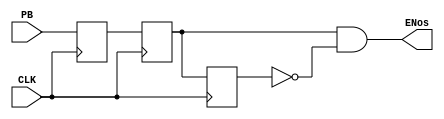
`timescale 1ns / 1ps
//////////////////////////////////////////////////////////////////////////////////
// Company: 
// 
// Design Name: 
// Module Name: One-shot
// Project Name: 
// Target Devices: 
// Tool Versions: 
// Description: 
// 
// Dependencies: 
// 
// Revision:
// Revision 0.01 - File Created
// Additional Comments:
// 
//////////////////////////////////////////////////////////////////////////////////


module One_shot(
    input PB,
    input CLK,
    output ENos
    );

reg X, Y, Z;
assign ENos = (Y)&(~Z);

always @(posedge CLK) begin
    X <= PB;    
    Y <= X;
    Z <= Y;
end
    

endmodule